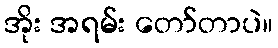
အိုး အရမ်း တော်တာပဲ။